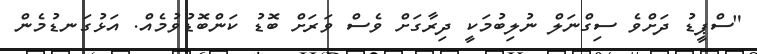
"ސްޕީޑު ދަށްވެ ސިގްނަލް ނުލިބުމަކީ ދިރާގަށް ވެސް ވަރަށް ބޮޑު ކަންބޮޑުވުމެއް. އަޅުގަނޑުމެން